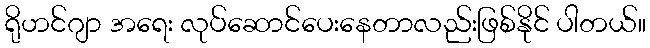
ရိုဟင်ဂျာ အရေး လုပ်ဆောင်ပေးနေတာလည်းဖြစ်နိုင် ပါတယ်။